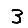
Digit: 3